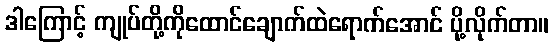
ဒါကြောင့် ကျုပ်တို့ကိုထောင်ချောက်ထဲရောက်အောင် ပို့လိုက်တာ။